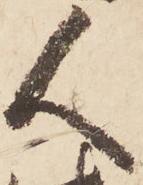
人